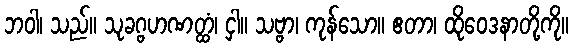
ဘဝါ၊ သည်။ သုခဂ္ဗဟဏတ္ထံ၊ ငှါ။ သဗ္ဗာ၊ ကုန်သော။ ဧတာ၊ ထိုဝေဒနာတို့ကို။